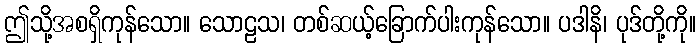
ဤသို့အစရှိကုန်သော။ သောဠသ၊ တစ်ဆယ့်ခြောက်ပါးကုန်သော။ ပဒါနိ၊ ပုဒ်တို့ကို။